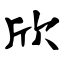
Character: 欣